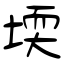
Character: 堧